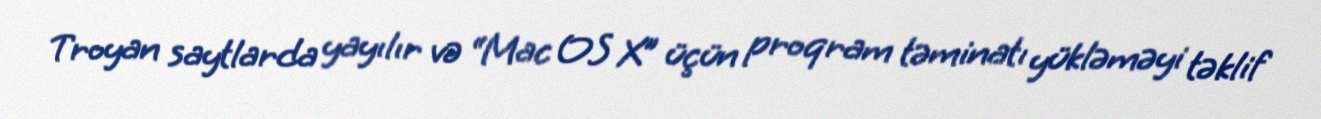
Troyan saytlarda yayılır və “Mac OS X” üçün proqram təminatı yükləməyi təklif